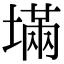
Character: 㙢